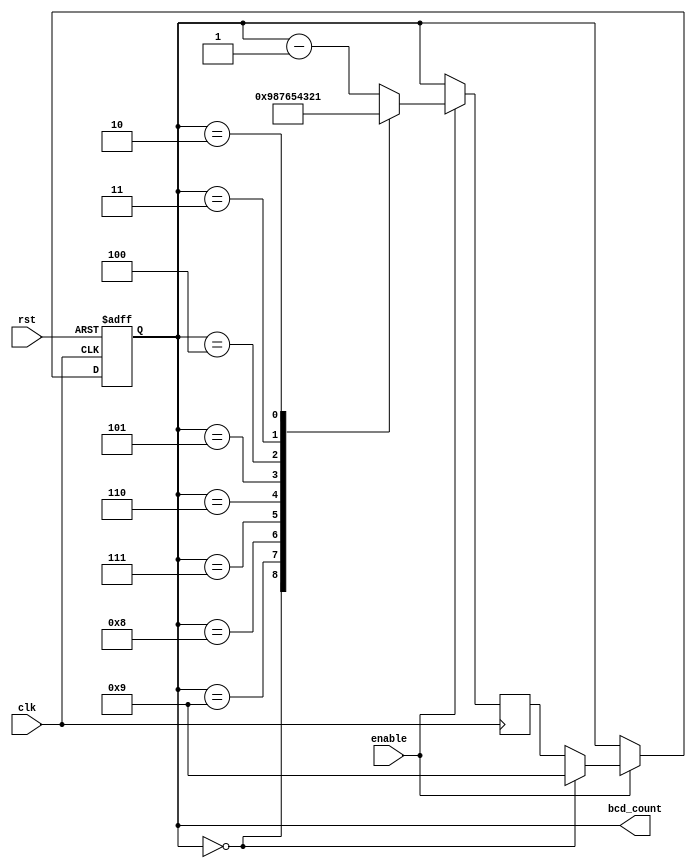
module BCD_Down_Counter (
    input wire clk,
    input wire rst,
    input wire enable,
    output reg [3:0] bcd_count
);

reg [3:0] bcd_next;

always @(posedge clk or posedge rst) begin
    if (rst) begin
        bcd_count <= 4'b0000;
    end else begin
        if (enable) begin
            if (bcd_count == 4'b0000) begin
                bcd_count <= 4'b1001; // Reset to 9 if reaching zero
            end else begin
                bcd_count <= bcd_next;
            end
        end
    end
end

always @(posedge clk) begin
    if (enable) begin
        case(bcd_count)
            4'b0000: bcd_next <= 4'b1001;
            4'b1001: bcd_next <= 4'b1000;
            4'b1000: bcd_next <= 4'b0111;
            4'b0111: bcd_next <= 4'b0110;
            4'b0110: bcd_next <= 4'b0101;
            4'b0101: bcd_next <= 4'b0100;
            4'b0100: bcd_next <= 4'b0011;
            4'b0011: bcd_next <= 4'b0010;
            4'b0010: bcd_next <= 4'b0001;
            default: bcd_next <= bcd_count - 1;
        endcase
    end else begin
        bcd_next <= bcd_count;
    end
end

endmodule